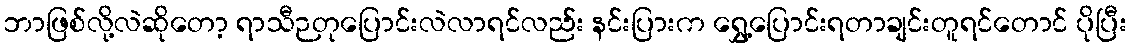
ဘာဖြစ်လို့လဲဆိုတော့ ရာသီဉတုပြောင်းလဲလာရင်လည်း နင်းပြားက ရွှေ့ပြောင်းရတာချင်းတူရင်တောင် ပိုပြီး